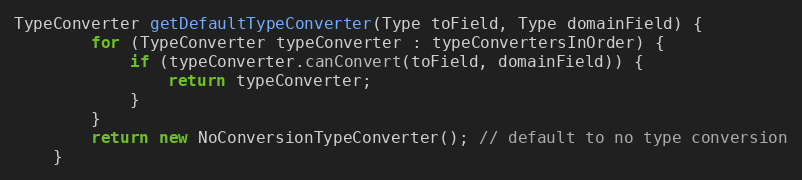
Language: Java
TypeConverter getDefaultTypeConverter(Type toField, Type domainField) {
        for (TypeConverter typeConverter : typeConvertersInOrder) {
            if (typeConverter.canConvert(toField, domainField)) {
                return typeConverter;
            }
        }
        return new NoConversionTypeConverter(); // default to no type conversion
    }